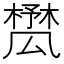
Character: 𣛾